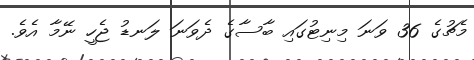
މެޗުގެ 36 ވަނަ މިނިޓުގައި ބާސާގެ ދެވަނަ ލަނޑު ޖެހީ ނޭމާ އެވެ.